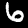
Digit: 6